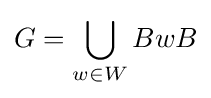
G=\bigcup _{w\in W}BwB